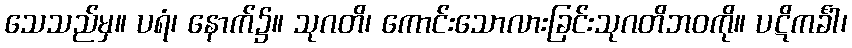
သေသည်မှ။ ပရံ၊ နောက်၌။ သုဂတိ၊ ကောင်းသောလားခြင်းသုဂတိဘဝကို။ ပဋိကင်္ခါ၊